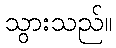
သွားသည်။